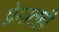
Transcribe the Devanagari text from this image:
प्रेमातही